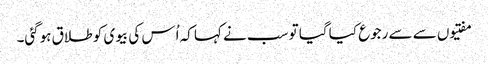
مفتیوں سے سے رجوع کیا گیا تو سب نے کہا کہ اُس کی بیوی کو طلاق ہوگئی۔